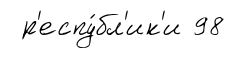
р'еспу́бл'ик'и 98